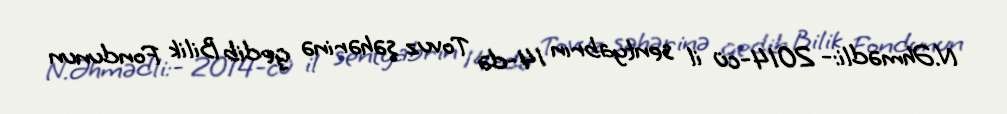
N.Əhmədli:- 2014-cü il sentyabrın 14-də Tovuz şəhərinə gedib Bilik Fondunun